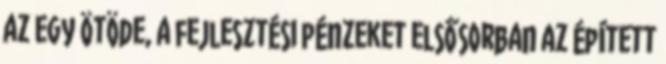
az egy ötöde, a fejlesztési pénzeket elsősorban az épített